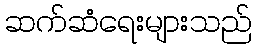
ဆက်ဆံရေးများသည်